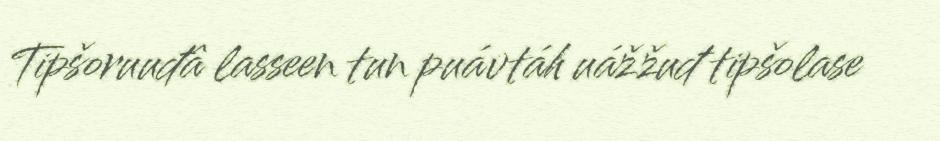
Tipšoruuđâ lasseen tun puávtáh uážžuđ tipšolase